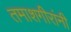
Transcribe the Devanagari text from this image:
तमाशगीरांनी